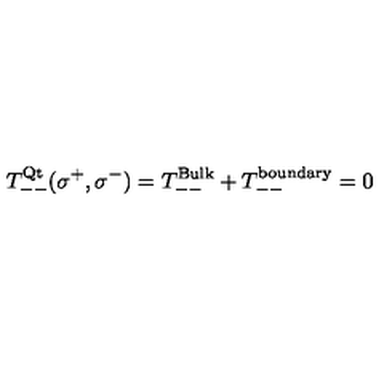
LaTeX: T _ { -- } ^ { \mathrm { Q t } } ( \sigma ^ { + } , \sigma ^ { - } ) = T _ { -- } ^ { \mathrm { B u l k } } + T _ { -- } ^ { \mathrm { b o u n d a r y } } = 0